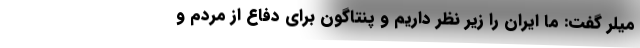
میلر گفت: ما ایران را زیر نظر داریم و پنتاگون برای دفاع از مردم و